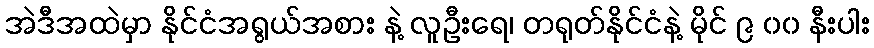
အဲဒီအထဲမှာ နိုင်ငံအရွယ်အစား နဲ့ လူဦးရေ၊ တရုတ်နိုင်ငံနဲ့ မိုင် ၉ ၀၀ နီးပါး